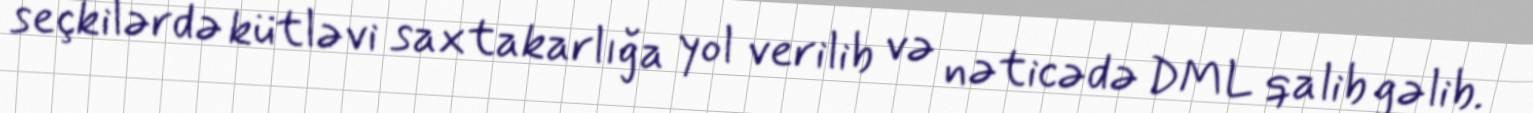
seçkilərdə kütləvi saxtakarlığa yol verilib və nəticədə DML qalib gəlib.